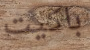
باكيت